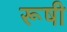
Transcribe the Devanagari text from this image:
रूषी